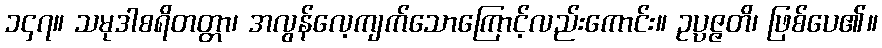
၁၄၇။ သမုဒါစရိတတ္တာ၊ အလွန်လေ့ကျက်သောကြောင့်လည်းကောင်း။ ဥပ္ပဇ္ဇတိ၊ ဖြစ်ပေ၏။